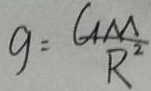
g = \frac { G M } { R ^ { 2 } }